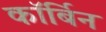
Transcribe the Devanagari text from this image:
कॉर्बिन